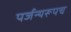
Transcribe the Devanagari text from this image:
पर्जन्यरूपच